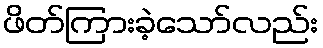
ဖိတ်ကြားခဲ့သော်လည်း